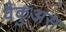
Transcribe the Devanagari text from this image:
वैकुअस